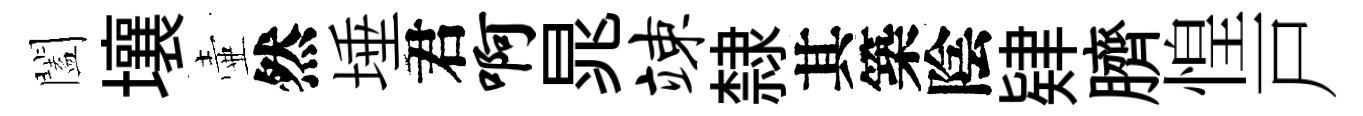
闔壤壷然埵君啊晁竦隸其築陰肄臍惶戸